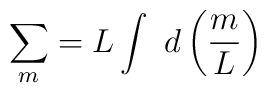
\sum_{m} = L\int~d\left(\frac{m}{L}\right)